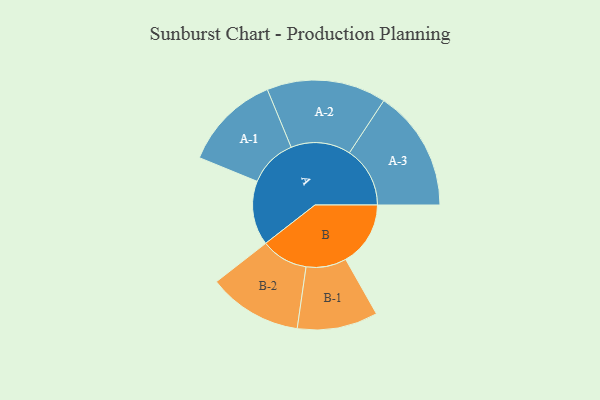
{"axis": {"x": "Segment", "y": "Value"}, "legend": ["", "A", "B"], "data": [{"x": "A", "y": 308, "type": ""}, {"x": "B", "y": 310, "type": ""}, {"x": "A-1", "y": 232, "type": "A"}, {"x": "A-2", "y": 286, "type": "A"}, {"x": "A-3", "y": 290, "type": "A"}, {"x": "B-1", "y": 193, "type": "B"}, {"x": "B-2", "y": 225, "type": "B"}]}